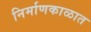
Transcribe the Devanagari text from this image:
निर्माणकाळात